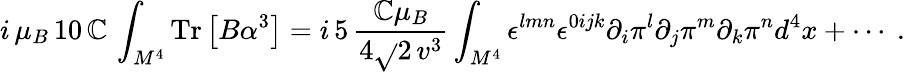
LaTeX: i\, \mu_{B}\, 10\, \mathbb{C}\, \int_{M^{4}}\mathrm{{Tr}}\left[B\alpha^{3}\right]=i\, 5\, \frac{{\mathbb{C}\mu_{B}}}{{4\sqrt{}{{2}}\, v^{3}}}\int_{M^{4}}\epsilon^{lmn}\epsilon^{0ijk}\partial_{i}\pi^{l}\partial_{j}\pi^{m}\partial_{k}\pi^{n}d^{4}x+\cdots\ .